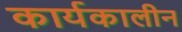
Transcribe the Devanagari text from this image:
कार्यकालीन